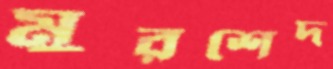
মুরশেদ